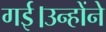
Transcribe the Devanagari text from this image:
गई।उन्होंने